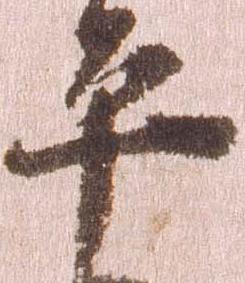
平